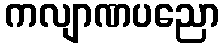
ကလျာဏပညော